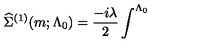
\widehat { \Sigma } ^ { ( 1 ) } ( m ; \Lambda _ { 0 } ) = \frac { - i \lambda } 2 \int ^ { \Lambda _ { 0 } }